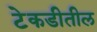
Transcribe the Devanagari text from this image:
टेकडीतील